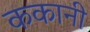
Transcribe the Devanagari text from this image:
ककानी